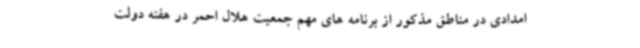
امدادی در مناطق مذکور از برنامه های مهم جمعیت هلال احمر در هفته دولت